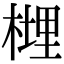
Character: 榸